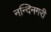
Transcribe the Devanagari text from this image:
नन्दिनगरी